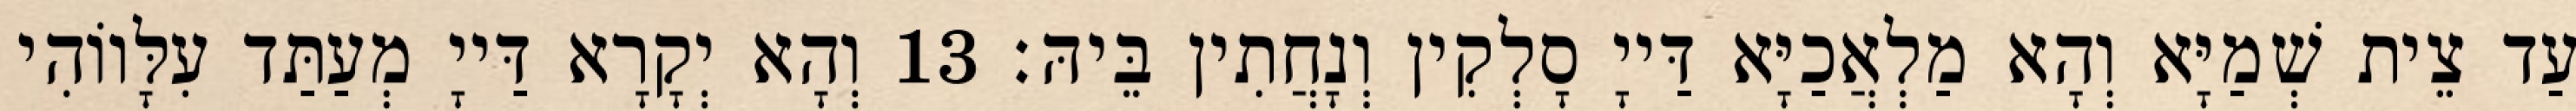
עַד צֵית שְׁמַיָּא וְהָא מַלְאֲכַיָּא דַּייָ סָלְקִין וְנָחֲתִין בֵּיהּ׃ 13 וְהָא יְקָרָא דַּייָ מְעַתַּד עִלָּווֹהִי